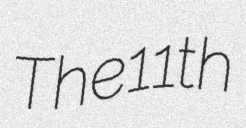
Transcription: The 11th